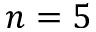
n = 5